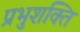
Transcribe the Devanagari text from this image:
प्रभुशक्ति